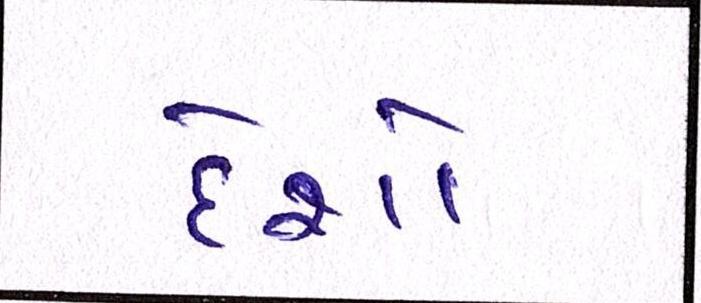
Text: દેશો